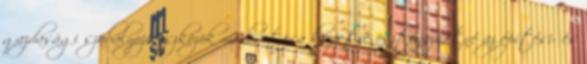
gazdasági szabályozó eszközök módosítása közvetve ösztönözhetné az építési- és